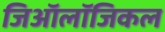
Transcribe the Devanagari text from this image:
जिऑलॉजिकल